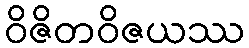
ဝိဇိတဝိဇယဿ